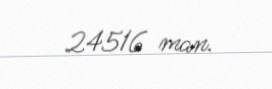
24516 man.